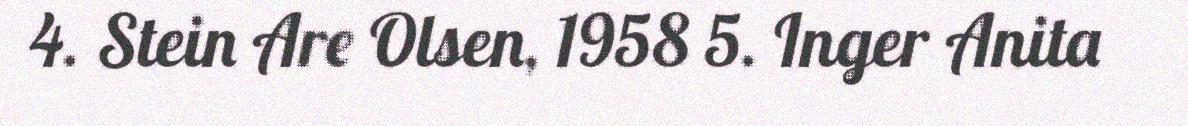
4. Stein Are Olsen, 1958 5. Inger Anita